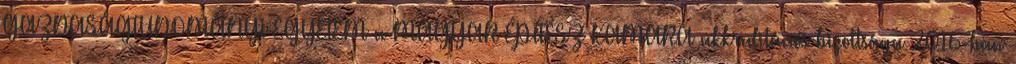
GAZDASÁGTUDOMÁNYI EGYETEM a MAGYAR ÉPÍTÉSZ KAMARA akkreditációs bizottsága 2016-ban